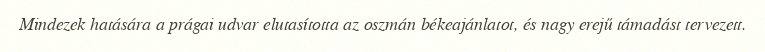
Mindezek hatására a prágai udvar elutasította az oszmán békeajánlatot, és nagy erejű támadást tervezett.